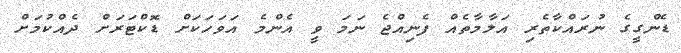
ޑެންގީގެ ނުރައްކާތެރި އަލާމާތެއް ފެނިއްޖެ ނަމަ ވީ އެންމެ އަވަހަަކަށް ޑޮކްޓަރަށް ދެއްކުމަށް